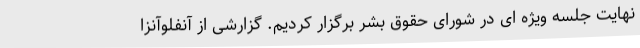
نهایت جلسه ویژه ای در شورای حقوق بشر برگزار کردیم. گزارشی از آنفلوآنزا